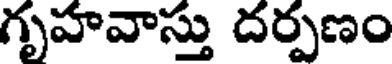
గృహవాస్తు దర్పణం